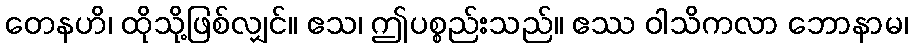
တေနဟိ၊ ထိုသို့ဖြစ်လျှင်။ ဧသ၊ ဤပစ္စည်းသည်။ ဧဿ ဝါသိကလာ ဘောနာမ၊